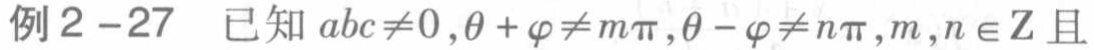
例2 -27 已知 \(abc\neq0,\theta+\varphi\neq m\pi,\theta - \varphi\neq n\pi,m,n\in\mathbb{Z}\) 且